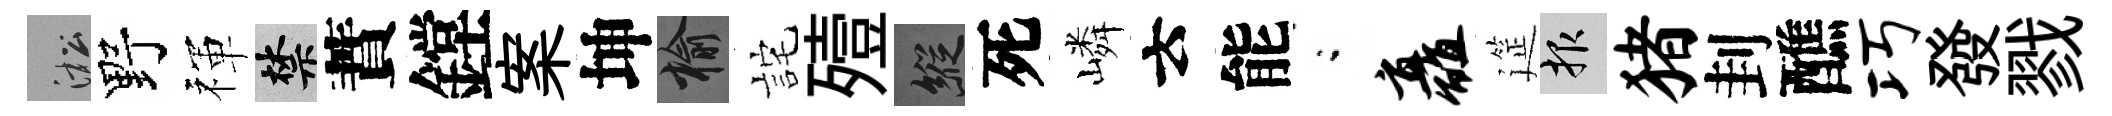
淞野禈禁蕡鏜案坤榆詫殪縱死嶙云能閤矗筵報猪刲醮巧發戮